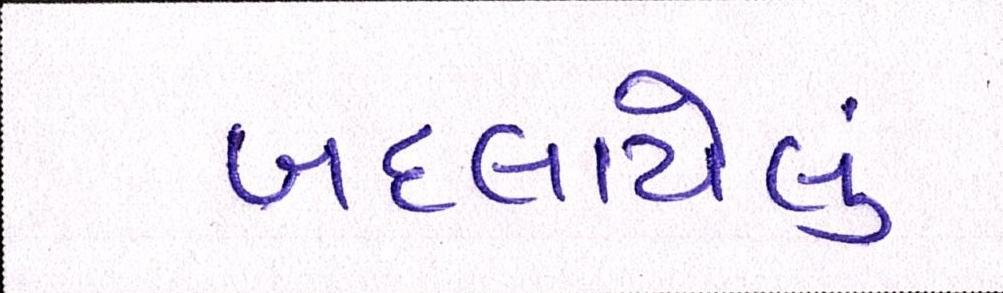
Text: બદલાયેલું